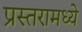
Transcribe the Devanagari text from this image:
प्रस्तरामध्ये